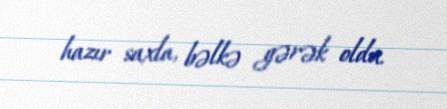
hazır saxla, bəlkə gərək oldu.